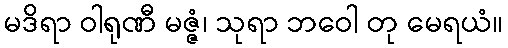
မဒိရာ ဝါရုဏီ မဇ္ဇံ၊ သုရာ ဘဝေါ တု မေရယံ။